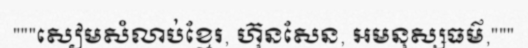
"""សៀមសំលាប់ខ្មែរ, ហ៊ុនសែន, អមនុស្សធម៌,"""